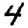
Digit: 4